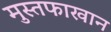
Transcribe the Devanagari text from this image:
मुस्तफाखान